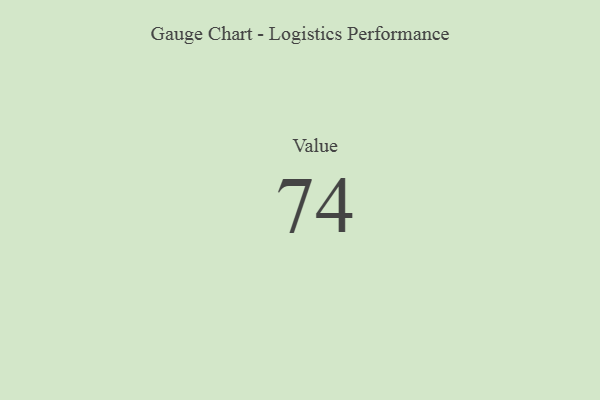
{"axis": {"x": "Metric", "y": "Value"}, "legend": [""], "data": [{"x": "Value", "y": 74, "type": ""}]}